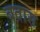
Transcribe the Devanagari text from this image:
बतास